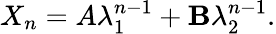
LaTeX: X_{n}=A\lambda_{1}^{n-1}+\mathbf{B}\lambda_{2}^{n-1}.